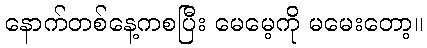
နောက်တစ်နေ့ကစပြီး မေမေ့ကို မမေးတော့။